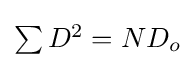
{\textstyle \sum D^{2}=ND_{o}}